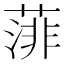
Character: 𦸪